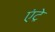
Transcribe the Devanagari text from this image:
एंट्रे